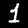
Label: 1